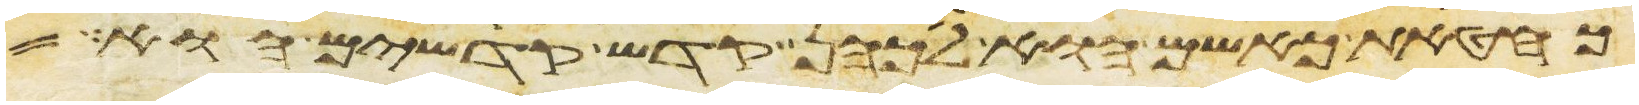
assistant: כחטאת כאשם הוא לכהן קדש קדשים הוא